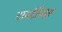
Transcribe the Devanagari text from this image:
टायटॅनिड्स